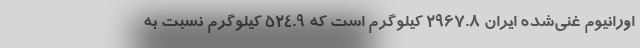
اورانیوم غنی‌شده ایران ۲۹۶۷.۸ کیلوگرم است که ۵۲۴.۹ کیلوگرم نسبت به